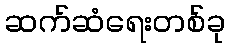
ဆက်ဆံရေးတစ်ခု